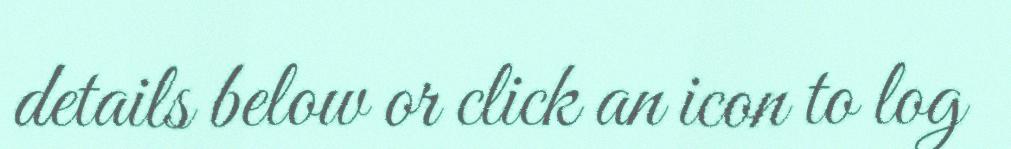
details below or click an icon to log